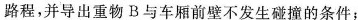
路程，并导出重物B与车厢前壁不发生碰撞的条件；